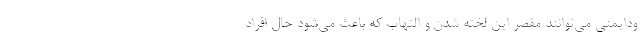
ودایمنی می‌توانند مقصر این لخته شدن و التهاب که باعث می‌شود حال افراد